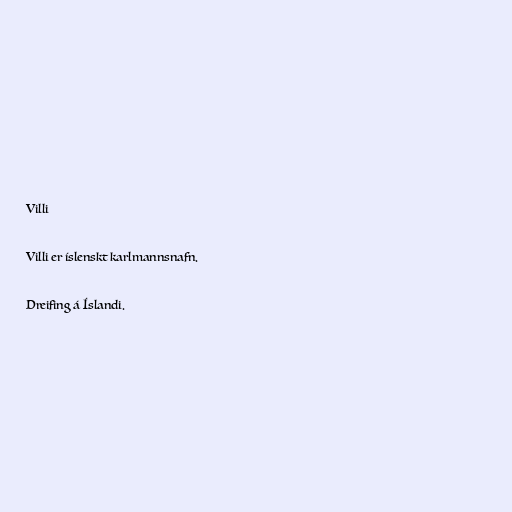
Villi

Villi er íslenskt karlmannsnafn.

Dreifing á Íslandi.